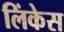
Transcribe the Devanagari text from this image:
लिंकेस